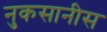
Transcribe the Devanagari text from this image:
नुकसानीस